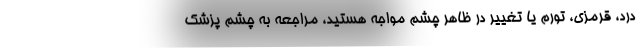
درد، قرمزی، تورم یا تغییر در ظاهر چشم مواجه هستید، مراجعه به چشم پزشک